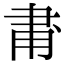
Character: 𬎾